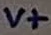
Text: V+